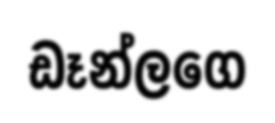
ඩෑන්ලගෙ